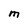
Character: M